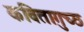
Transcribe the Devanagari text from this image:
कवितागुच्छ